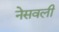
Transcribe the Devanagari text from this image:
नेसवली